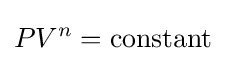
PV^{n}=\mathrm {constant}